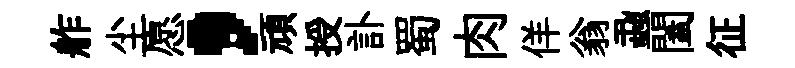
舴尘愿，頑授訃蜀肉佯翁蝨闔征